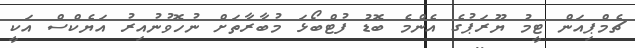
ޗެމްޕިއަން ޓީމު ޔޫރަޕުގެ އެންމެ ބޮޑު ފުޓްބޯޅަ މުބާރާތަށް ނުހޮވުނުއިރު އަޔެކްސް އަކީ